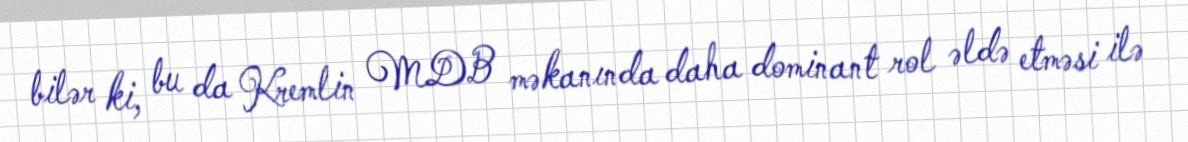
bilər ki, bu da Kremlin MDB məkanında daha dominant rol əldə etməsi ilə